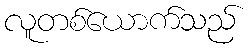
လူတစ်ယောက်သည်